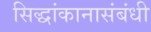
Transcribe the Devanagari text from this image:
सिद्धांकानासंबंधी